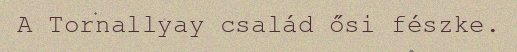
A Tornallyay család ősi fészke.